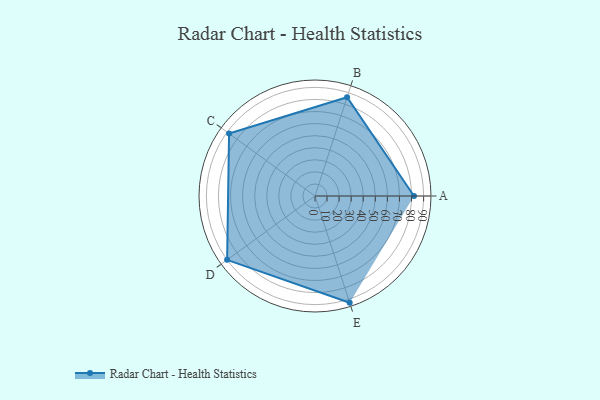
{"axis": {"x": "Skill", "y": "Score"}, "legend": ["Profile"], "data": [{"x": "A", "y": 82.0, "type": "Profile"}, {"x": "B", "y": 86.0, "type": "Profile"}, {"x": "C", "y": 88.0, "type": "Profile"}, {"x": "D", "y": 90.0, "type": "Profile"}, {"x": "E", "y": 93.0, "type": "Profile"}]}